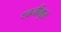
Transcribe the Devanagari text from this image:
ध्वनीमुळे